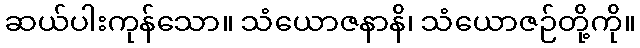
ဆယ်ပါးကုန်သော။ သံယောဇနာနိ၊ သံယောဇဉ်တို့ကို။